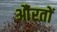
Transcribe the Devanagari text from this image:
औंरतों